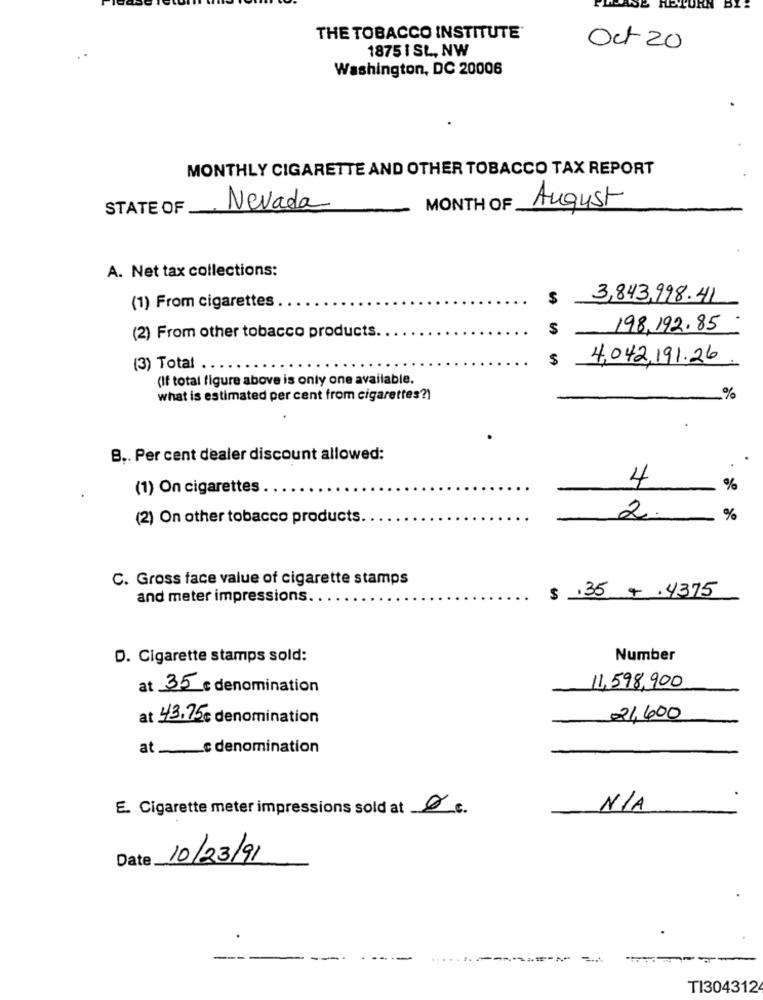
RETURN BY
THE TOBACCO INSTITUTE*
1875 I SL, NW
Oct 20
Washington, DC 20006
MONTHLY CIGARETTE AND OTHER TOBACCO TAX REPORT
STATE OF
Nevada
MONTH OF
August
A. Net tax collections:
$
3,843,998.41
(1) From cigarettes
$
198.192.85
(2) From other tobacco products.
4,042.191.26
(3) Total ..
(If total figure above is only one available.
what is estimated per cent from cigarettes?)
%
B .. Per cent dealer discount allowed:
4
(1) On cigarettes
%
(2) On other tobacco products.
2.
%
C. Gross face value of cigarette stamps
$ .35 4 .4375
and meter impressions.
D. Cigarette stamps sold:
Number
at 35 c denomination
11,598,900
at 43.75 € denomination
21,600
at ____ denomination
E. Cigarette meter impressions sold at 8 c.
Date
10/23/91
TI304312